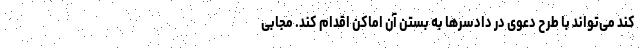
کند می‌تواند با طرح دعوی در دادسر‌ها به بستن آن اماکن اقدام کند. مجابی